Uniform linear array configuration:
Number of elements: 64
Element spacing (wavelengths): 0.5
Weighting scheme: uniform
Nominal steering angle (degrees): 15
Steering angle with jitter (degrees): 15.518
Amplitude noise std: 0.05
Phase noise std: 0.05

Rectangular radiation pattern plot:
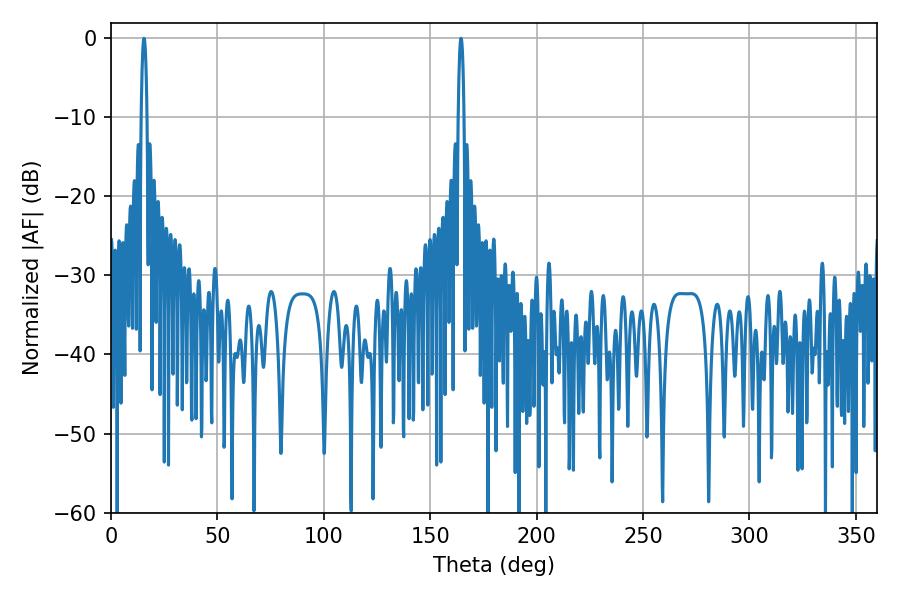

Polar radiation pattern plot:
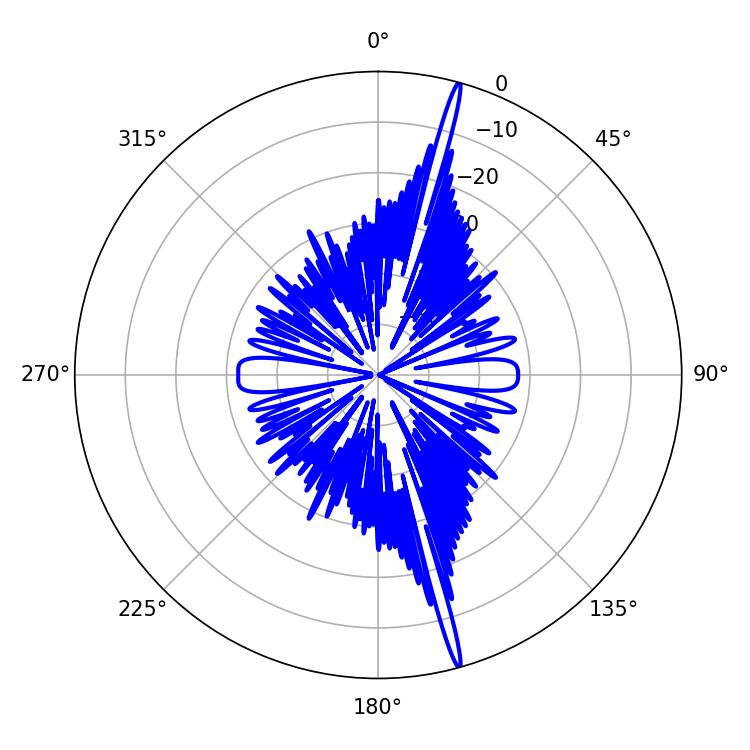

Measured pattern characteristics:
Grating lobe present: FALSE
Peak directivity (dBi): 20.636
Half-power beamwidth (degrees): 1.44
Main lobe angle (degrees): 15.48